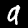
Label: 9